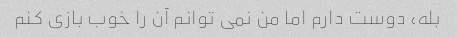
بله، دوست دارم اما من نمی توانم آن را خوب بازی کنم